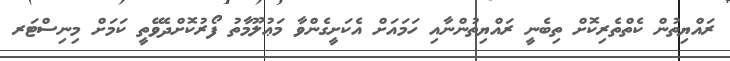
ރައްޔިތުން ކެތްތެރިކޮށް ތިބެނީ ރައްޔިތުންނާއި ހަމައަށް އެކަށީގެންވާ މަޢުލޫމާތު ފޯރުކޮށްދެވޭތީ ކަމަށް މިނިސްޓަރ